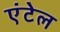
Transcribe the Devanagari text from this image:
एंटेल